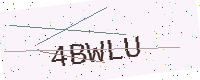
Text: 4BWLU